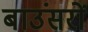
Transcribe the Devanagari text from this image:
बाउंसरों